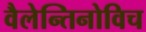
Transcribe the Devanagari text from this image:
वैलेन्तिनोविच